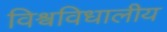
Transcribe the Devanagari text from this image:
विश्वविधालीय